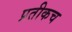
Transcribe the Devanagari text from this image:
प्रतीकच